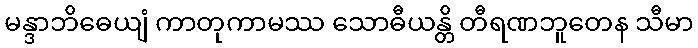
မန္ဒာဘိဓေယျံ ကာတုကာမဿ သောဓီယန္တိ တီရဏဘူတေန သီမာ